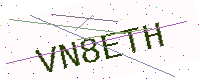
Text: VN8ETH